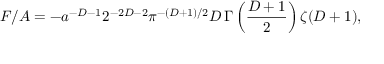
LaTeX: F / A = - a ^ { - D - 1 } 2 ^ { - 2 D - 2 } \pi ^ { - ( D + 1 ) / 2 } D \, \Gamma \left( { \frac { D + 1 } { 2 } } \right) \zeta ( D + 1 ) ,